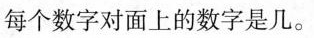
每个数字对面上的数字是几。